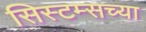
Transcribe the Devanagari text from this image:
सिस्टम्सच्या